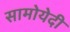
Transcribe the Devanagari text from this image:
सामोयेदी